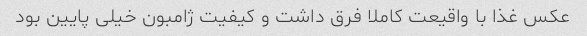
عکس غذا با واقیعت کاملا فرق داشت و کیفیت ژامبون خیلی پایین بود